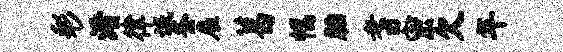
彩淆律氓釜雇葛幅胎耆密欠年